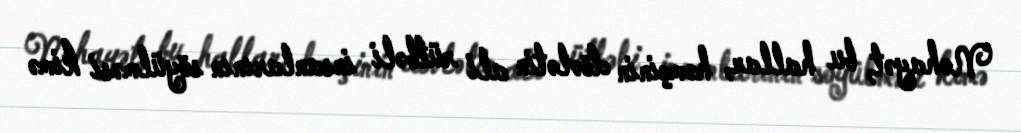
Nəhayət, bu hallar, həmçinin dövlətin ali rütbəli insanlarının söyülməsi kimə